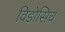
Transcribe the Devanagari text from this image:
विडोसिच